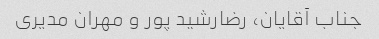
جناب آقایان، رضارشید پور و مهران مدیری